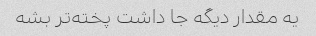
یه مقدار دیگه جا داشت پخته‌تر بشه